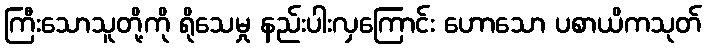
ကြီးသောသူတို့ကို ရိုသေမှု နည်းပါးလှကြောင်း ဟောသော ပစာယိကသုတ်